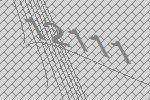
12111